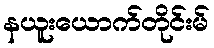
နယူးယောက်တိုင်းမ်